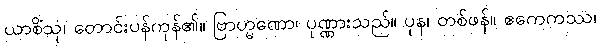
ယာစိံသု၊ တောင်းပန်ကုန်၏။ ဗြာဟ္မဏော၊ ပုဏ္ဏားသည်။ ပုန၊ တစ်ဖန်။ ဧကေကဿ၊